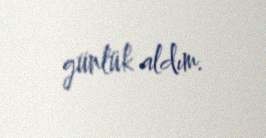
günlük aldım.